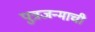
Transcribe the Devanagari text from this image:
पुत्रजन्माची